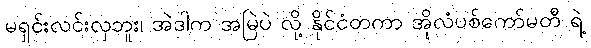
မရှင်းလင်းလှဘူး၊ အဲဒါက အမြဲပဲ လို့ နိုင်ငံတကာ အိုလံပစ်ကော်မတီ ရဲ့